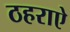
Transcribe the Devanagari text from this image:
ठहराऐ